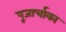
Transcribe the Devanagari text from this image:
पूजार्चाका